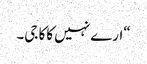
“ارے نہیں کاکا جی۔